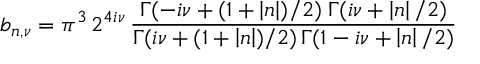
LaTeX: b _ { n , \nu } = \pi ^ { 3 } \, 2 ^ { 4 i \nu } \, \frac { \Gamma ( - i \nu + ( 1 + \left| n \right| ) / 2 ) \; \Gamma ( i \nu + \left| n \right| / 2 ) } { \Gamma ( i \nu + ( 1 + \left| n \right| ) / 2 ) \, \Gamma ( 1 - i \nu + \left| n \right| / 2 ) }